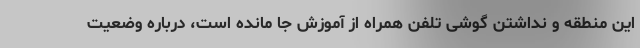
این منطقه و نداشتن گوشی تلفن همراه از آموزش جا مانده است، درباره وضعیت